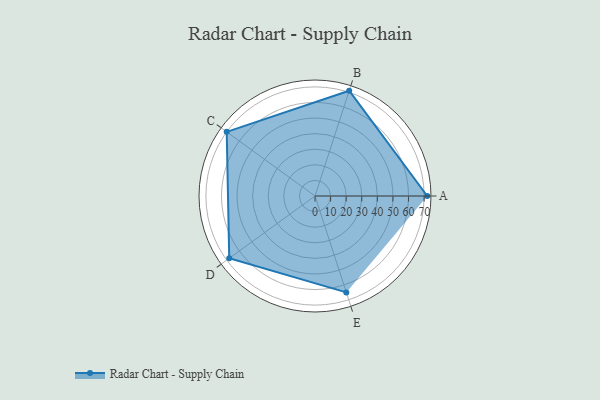
{"axis": {"x": "Skill", "y": "Score"}, "legend": ["Profile"], "data": [{"x": "A", "y": 72.0, "type": "Profile"}, {"x": "B", "y": 71.0, "type": "Profile"}, {"x": "C", "y": 70.0, "type": "Profile"}, {"x": "D", "y": 68.0, "type": "Profile"}, {"x": "E", "y": 65.0, "type": "Profile"}]}